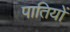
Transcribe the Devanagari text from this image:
पातियों